Lunatic asylums in Bengal annual reports 1912-1924 - 1912-1924
Year: 1912
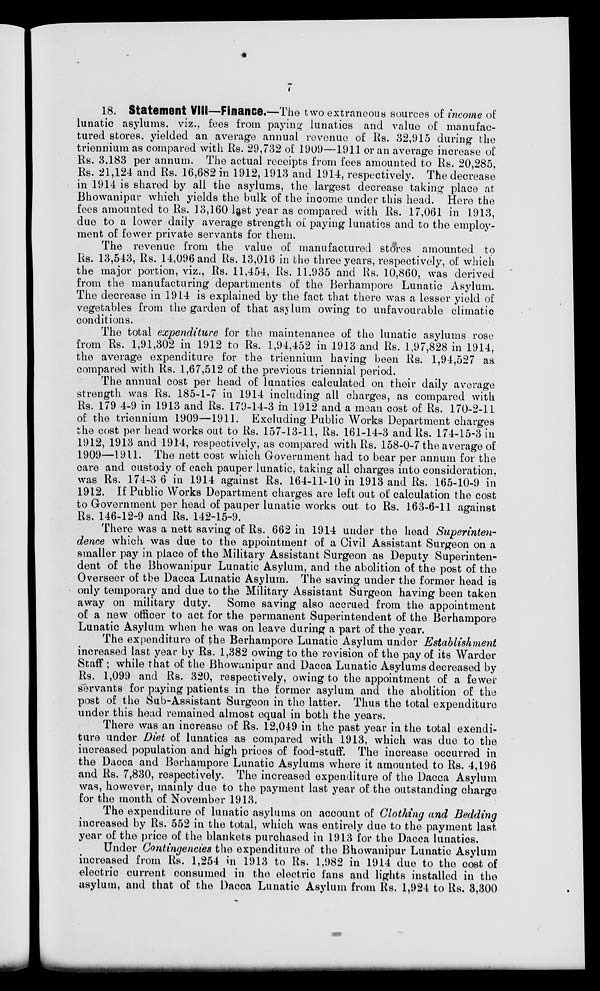
7
18. Statement VIII—Finance.—The two extraneous sources of income of
lunatic asylums. viz., fees from paying lunatics and value of manufac-
tured stores, yielded an average annual revenue of Rs. 32,915 during the
triennium as compared with Rs. 29,732 of 1909—1911 or an average increase of
Rs. 3.183 per annum. The actual receipts from fees amounted to Rs. 20,285,
Rs. 21,124 and Rs. 16,682 in 1912, 1913 and 1914, respectively. The decrease
in 1914 is shared by all the asylums, the largest decrease taking place at
Bhowanipur which yields the bulk of the income under this head. Here the
fees amounted to Rs. 13,160 last year as compared with Rs. 17,061 in 1913,
due to a lower daily average strength of paying lunatics and to the employ-
ment of fewer private servants for them.
The revenue from the value of manufactured stores amounted to
Rs. 13,543, Rs. 14,096 and Rs. 13,016 in the three years, respectively, of which
the major portion, viz., Rs. 11,454, Rs. 11,935 and Rs. 10,860, was derived
from the manufacturing departments of the Berhampore Lunatic Asylum.
The decrease in 1914 is explained by the fact that there was a lesser yield of
vegetables from the garden of that asylum owing to unfavourable climatic
conditions.
The total expenditure for the maintenance of the lunatic asylums rose
from Rs. 1,91,302 in 1912 to Rs. 1,94,452 in 1913 and Rs. 1,97,828 in 1914,
the average expenditure for the triennium having been Rs. 1,94,527 as.
compared with Rs. 1,67,512 of the previous triennial period.
The annual cost per head of lunatics calculated on their daily average
strength was Rs. 185-1-7 in 1914 including all charges, as compared with
Rs. 179 4-9 in 1913 and Rs. 179-14-3 in 1912 and a mean cost of Rs. 170-2-11
of the triennium 1909—1911. Excluding Public Works Department charges
the cost per head works out to Rs. 157-13-11, Rs. 161-14-3 and Rs. 174-15-3 in
1912, 1913 and 1914, respectively, as compared with Rs. 158-0-7 the average of
1909—1911. The nett cost which Government had to bear per annum for the
care and custody of each pauper lunatic, taking all charges into consideration,
was Rs. 174-3 6 in 1914 against Rs. 164-11-10 in 1913 and Rs. 165-10-9 in
1912. If Public Works Department charges are left out of calculation the cost
to Government per head of pauper lunatic works out to Rs. 163-6-11 against
Rs. 146-12-9 and Rs. 142-15-9.
There was a nett saving of Rs. 662 in 1914 under the head Superinten-
dence which was due to the appointment of a Civil Assistant Surgeon on a
smaller pay in place of the Military Assistant Surgeon as Deputy Superinten-
dent of the Bhowanipur Lunatic Asylum, and the abolition of the post of the
Overseer of the Dacca Lunatic Asylum. The saving under the former head is
only temporary and due to the Military Assistant Surgeon having been taken
away on military duty.
Some saving also accrued from the appointment
of a new officer to act for the permanent Superintendent of the Berhampore
Lunatic Asylum when he was on leave during a part of the year.
The expenditure of the Berhampore Lunatic Asylum under Establishment
increased last year by Rs. 1,382 owing to the revision of the pay of its Warder
Staff ; while that of the Bhowanipur and Dacca Lunatic Asylums decreased by
Rs. 1,099 and Rs. 320, respectively, owing to the appointment of a fewer
servants for paying patients in the former asylum and the abolition of the
post of the Sub-Assistant Surgeon in the latter. Thus the total expenditure
under this head remained almost equal in both the years.
There was an increase of Rs. 12,049 in the past year in the total exendi-
ture under Diet of lunatics as compared with 1913, which was due to the
increased population and high prices of food-stuff. The increase occurred in
the Dacca and Berhampore Lunatic Asylums where it amounted to Rs. 4,196
and Rs. 7,830, respectively. The increased expenditure of the Dacca Asylum
was, however, mainly due to the payment last year of the outstanding charge
for the month of November 1913.
The expenditure of lunatic asylums on account of Clothing and Bedding
increased by Rs. 552 in the total, which was entirely due to the payment last
year of the price of the blankets purchased in 1913 for the Dacca lunatics.
Under Contingencies the expenditure of the Bhowanipur Lunatic Asylum
increased from Rs. 1,254 in 1913 to Rs. 1,982 in 1914 due to the cost of
electric current consumed in the electric fans and lights installed in the
asylum, and that of the Dacca Lunatic Asylum from Rs. 1,924 to Rs. 3,300